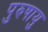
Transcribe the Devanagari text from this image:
पुरुषायु